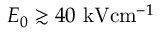
E _ { 0 } \gtrsim 4 0 \ensuremath { ~ \mathrm { k V } \mathrm { c m } ^ { - 1 } }